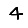
Digit: 4